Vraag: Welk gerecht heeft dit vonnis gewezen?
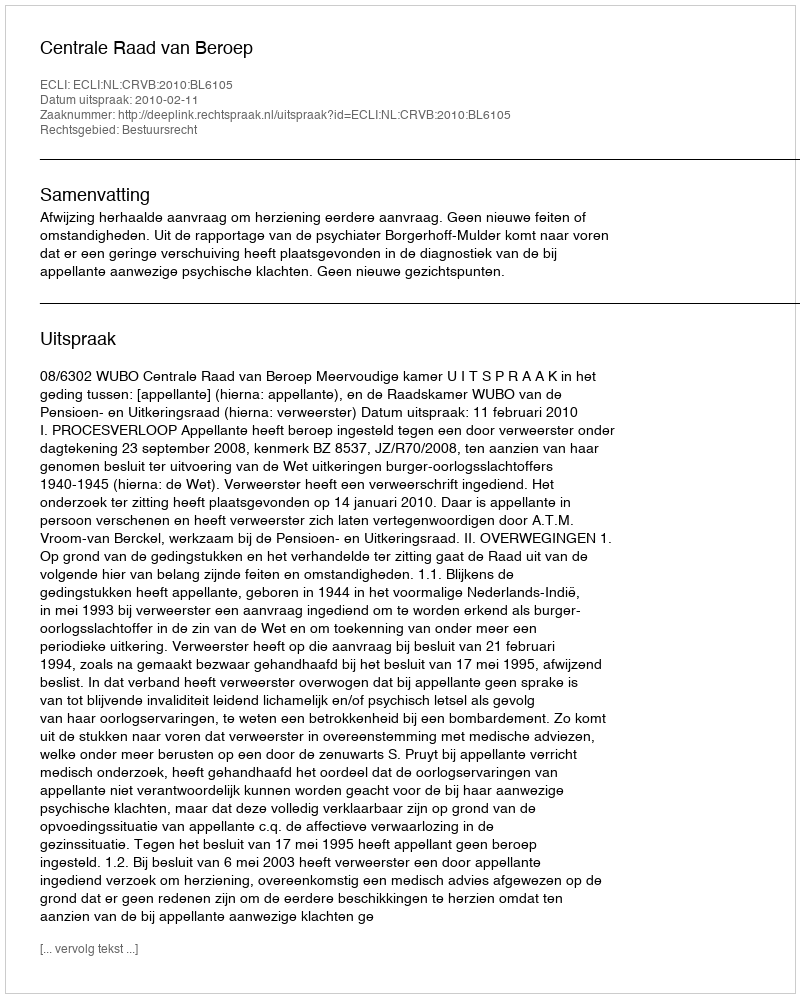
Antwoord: Centrale Raad van Beroep